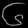
Digit: ၆